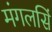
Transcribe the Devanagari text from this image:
मंगलसिं